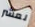
لعشر